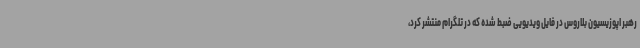
رهبر اپوزیسیون بلاروس در فایل ویدیویی ضبط شده که در تلگرام منتشر کرد،